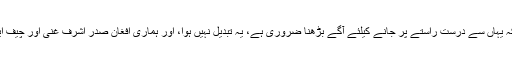
ان کا مزید کہنا تھا کہ 'ہم اب بھی یقین کرتے ہیں کہ یہاں سے درست راستے پر جانے کیلئے آگے بڑھنا ضروری ہے، یہ تبدیل نہیں ہوا، اور ہماری افغان صدر اشرف غنی اور چیف ایگزیکٹو عبداللہ عبداللہ کے لیے حمایت جاری ہے'۔